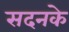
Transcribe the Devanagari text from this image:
सदनके